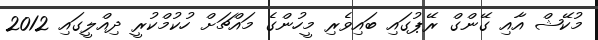
މުކޭޝް އާއި ގޭންގް ރޭޕުގައި ބައިވެރި މީހުންގެ މައްޗަށް ހުކުމްކުރީ ދިއްލީގައި 2012